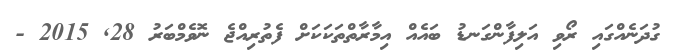
ގުދަނެއްގައި ރޯވި އަލިފާންގަނޑު ބައެއް އިމާރާތްތަކަކަށް ފެތުރިއްޖެ ނޮވެމްބަރު 28